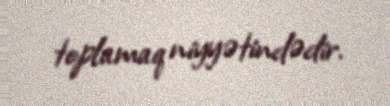
toplamaq niyyətindədir.